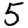
Digit: 5